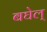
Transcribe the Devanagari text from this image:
बघेल्